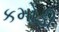
કમોડી